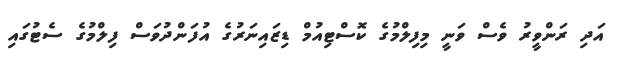
އަދި ރަންވީރު ވެސް ވަނީ މިފިލްމުގެ ކޮސްޓިއުމް ޑިޒައިނަރުގެ އުފަަންދުވަސް ފިލްމުގެ ސެޓުގައި